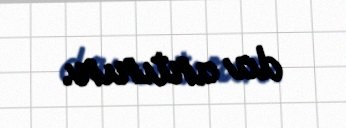
da artırır.